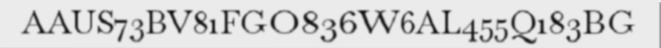
AAUS73BV81FGO836W6AL455Q183BG